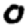
Digit: 0